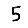
Digit: 5